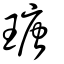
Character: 瑭